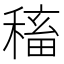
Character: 稸